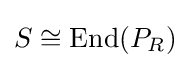
S\cong \operatorname {End} (P_{R})